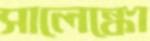
সালেঙ্কো